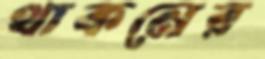
থাকনের